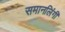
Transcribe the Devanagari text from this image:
समानलिंगी